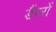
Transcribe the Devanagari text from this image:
डैंपरों